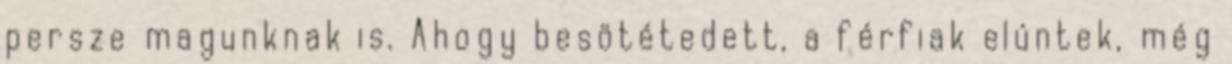
persze magunknak is. Ahogy besötétedett, a férfiak elúntek, még